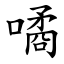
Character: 噊